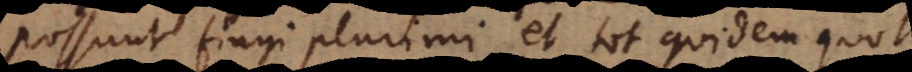
possunt fingi plurimi, et tot quidem quot